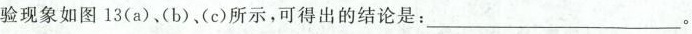
验现象如图13(a)、(b)、(c)所示，可得出的结论是：__________________。